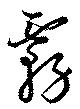
霧